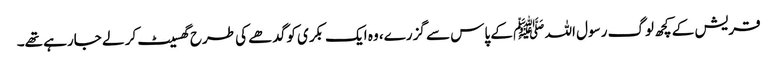
قریش کے کچھ لوگ رسول اللہ ﷺ کے پاس سے گزرے، وہ ایک بکری کو گدھے کی طرح گھسیٹ کر لے جارہے تھے۔